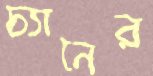
চ্যানের